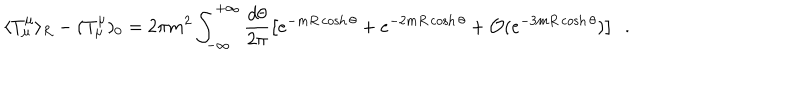
\langle T _ { \mu } ^ { \mu } \rangle _ { R } - ( T _ { \mu } ^ { \mu } ) _ { 0 } = 2 \pi m ^ { 2 } \int _ { - \infty } ^ { + \infty } \frac { d \theta } { 2 \pi } \left[ e ^ { - m R \cosh \theta } + e ^ { - 2 m R \cosh \theta } + { \cal O } ( e ^ { - 3 m R \cosh \theta } ) \right] \, \, \, .